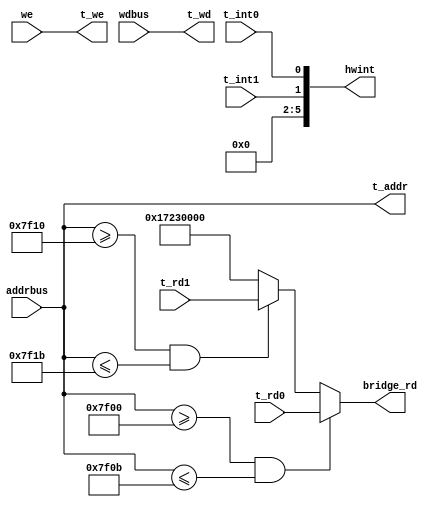
`timescale 1ns / 1ps
module Bridge(we,addrbus,wdbus,bridge_rd,hwint,t_addr,t_wd,t_we,t_rd0,t_rd1,t_int0,t_int1);
input we,t_int0,t_int1;
input [31:0] addrbus,wdbus,t_rd0,t_rd1;
output t_we;
output [31:0]bridge_rd,t_addr,t_wd;
output [5:0] hwint;

assign t_addr=addrbus;
assign t_we=we;
assign t_wd=wdbus;
assign hwint={4'b0,t_int1,t_int0};

assign bridge_rd=(addrbus>=32'h00007f00&&addrbus<=32'h00007f0b)?t_rd0:
						(addrbus>=32'h00007f10&&addrbus<=32'h00007f1b)?t_rd1:
						32'h17230000;


endmodule